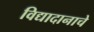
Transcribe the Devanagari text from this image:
विद्यादानाचे